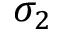
\sigma _ { 2 }